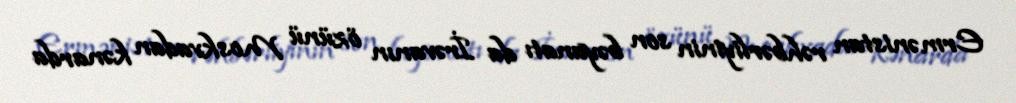
Ermənistan rəhbərliyinin son bəyanatı da İrəvanın özünü Moskvadan kənarda